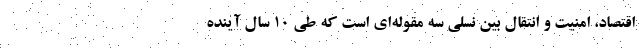
اقتصاد، امنیت و انتقال بین نسلی سه مقوله‌ای است که طی ۱۰ سال آینده